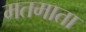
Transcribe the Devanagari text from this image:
मतमाता